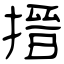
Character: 搢